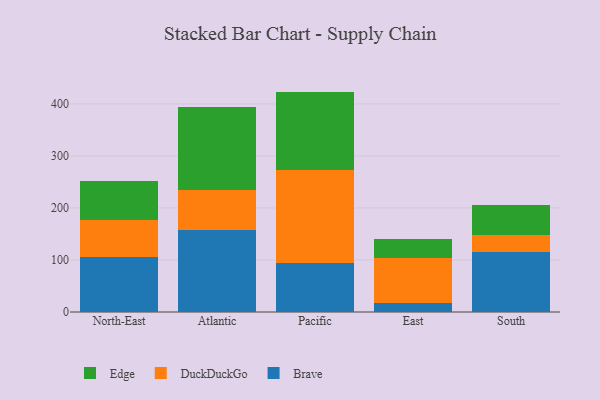
{"axis": {"x": "Region", "y": "Website Visitors"}, "legend": ["Brave", "DuckDuckGo", "Edge"], "data": [{"x": "North-East", "y": 105.9, "type": "Brave"}, {"x": "North-East", "y": 70.3, "type": "DuckDuckGo"}, {"x": "North-East", "y": 75.6, "type": "Edge"}, {"x": "Atlantic", "y": 158.0, "type": "Brave"}, {"x": "Atlantic", "y": 76.5, "type": "DuckDuckGo"}, {"x": "Atlantic", "y": 159.6, "type": "Edge"}, {"x": "Pacific", "y": 94.5, "type": "Brave"}, {"x": "Pacific", "y": 177.9, "type": "DuckDuckGo"}, {"x": "Pacific", "y": 151.4, "type": "Edge"}, {"x": "East", "y": 16.7, "type": "Brave"}, {"x": "East", "y": 87.1, "type": "DuckDuckGo"}, {"x": "East", "y": 35.8, "type": "Edge"}, {"x": "South", "y": 114.7, "type": "Brave"}, {"x": "South", "y": 33.9, "type": "DuckDuckGo"}, {"x": "South", "y": 57.1, "type": "Edge"}]}